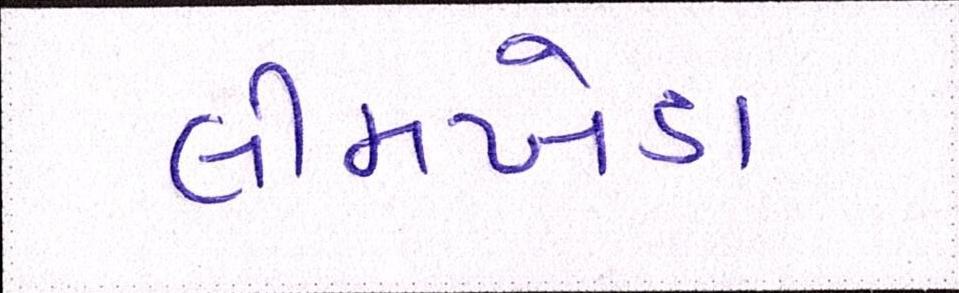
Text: લીમખેડા